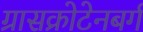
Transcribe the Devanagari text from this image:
ग्रासक्रोटेनबर्ग